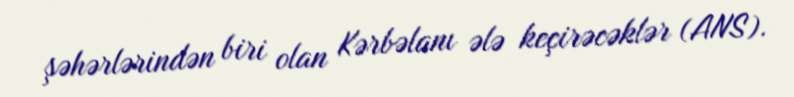
şəhərlərindən biri olan Kərbəlanı ələ keçirəcəklər (ANS).